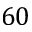
6 0